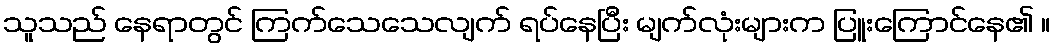
သူသည် နေရာတွင် ကြက်သေသေလျက် ရပ်နေပြီး မျက်လုံးများက ပြူးကြောင်နေ၏ ။